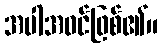
အပါအဝင်ဖြစ်၏။